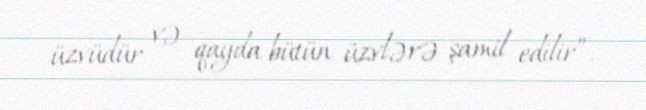
üzvüdür və qayda bütün üzvlərə şamil edilir”.